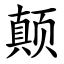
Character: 颠